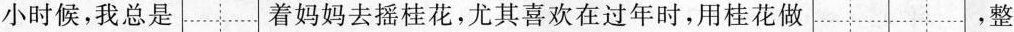
小时候，我总是着妈妈去摇桂花，尤其喜欢在过年时，用桂花做 ，整